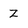
Character: Z